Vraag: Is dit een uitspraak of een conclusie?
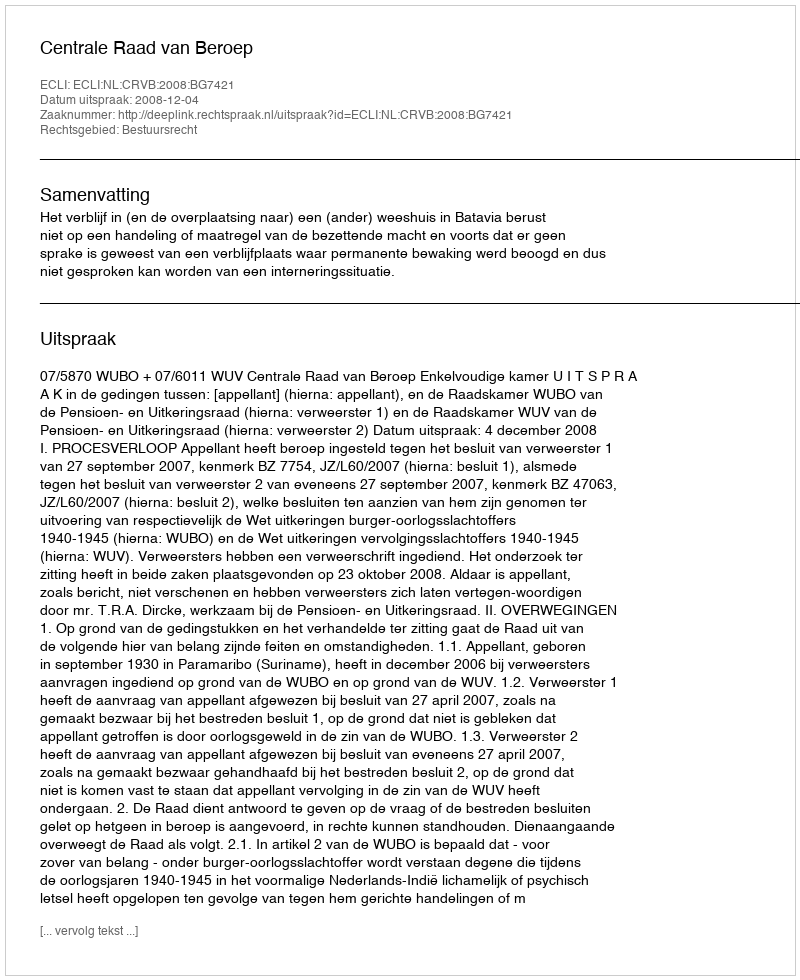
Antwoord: Uitspraak